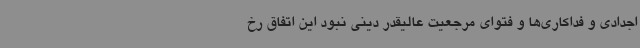
اجدادی و فداکاری‌ها و فتوای مرجعیت عالیقدر دینی نبود این اتفاق رخ